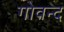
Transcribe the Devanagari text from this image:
गोवन्द